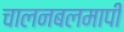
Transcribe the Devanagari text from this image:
चालनबलमापी